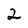
Character: 2